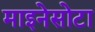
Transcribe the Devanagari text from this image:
माइनेसोटा